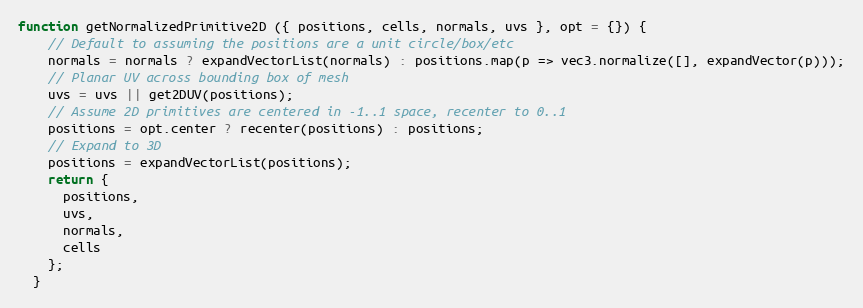
Language: JavaScript
function getNormalizedPrimitive2D ({ positions, cells, normals, uvs }, opt = {}) {
    // Default to assuming the positions are a unit circle/box/etc
    normals = normals ? expandVectorList(normals) : positions.map(p => vec3.normalize([], expandVector(p)));
    // Planar UV across bounding box of mesh
    uvs = uvs || get2DUV(positions);
    // Assume 2D primitives are centered in -1..1 space, recenter to 0..1
    positions = opt.center ? recenter(positions) : positions;
    // Expand to 3D
    positions = expandVectorList(positions);
    return {
      positions,
      uvs,
      normals,
      cells
    };
  }